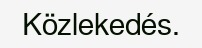
Közlekedés.